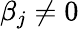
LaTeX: \beta_{j}\neq 0